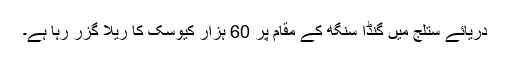
دریائے ستلج میں گنڈا سنگھ کے مقام پر 60 ہزار کیوسک کا ریلا گزر رہا ہے۔